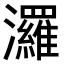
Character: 𤄷